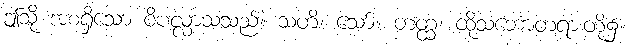
ဤသို့ အစရှိသော ဝိပလ္လာသသည်။ သတိ၊ သော်။ တတ္ထ၊ ထိုသဘောတရားတို့၌။